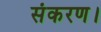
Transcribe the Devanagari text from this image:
संकरण।